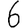
Digit: 6